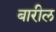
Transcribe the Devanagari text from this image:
बारील